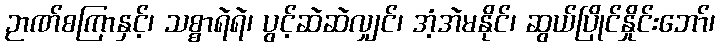
ဉာဏ်စကြာနှင့်၊ သစ္စာရဲရဲ၊ ပွင့်ဆဲဆဲလျှင်၊ အံ့အဲမနိုင်၊ ဆွယ်ပြိုင်နှိုင်းဘော်၊